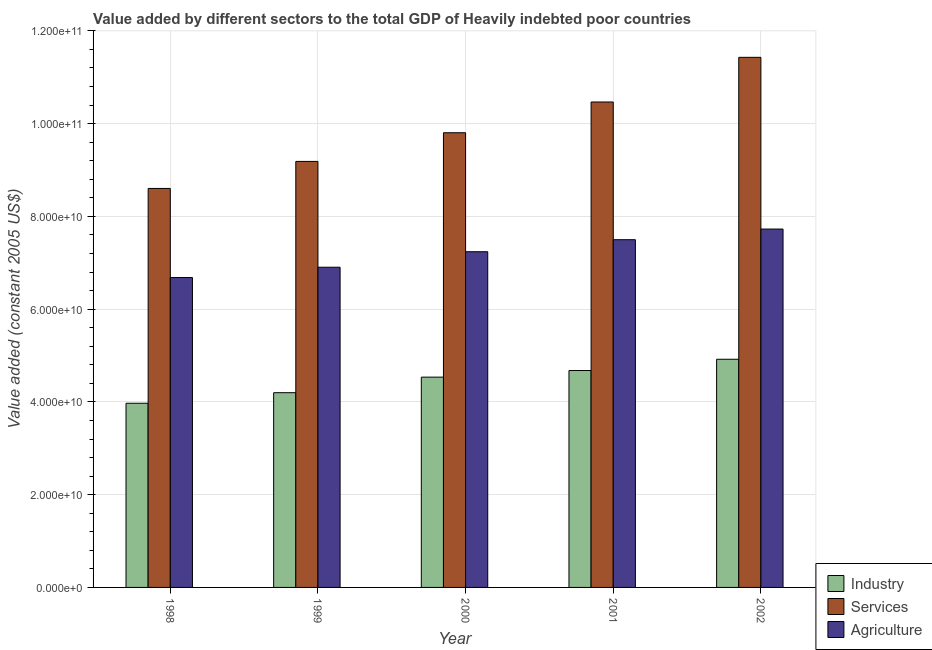
| Year | Industry | Services | Agriculture |
 | --- | --- | --- | --- |
 | 1998 | 3.97e+10 | 8.6e+10 | 6.68e+10 |
 | 1999 | 4.2e+10 | 9.19e+10 | 6.9e+10 |
 | 2000 | 4.53e+10 | 9.8e+10 | 7.24e+10 |
 | 2001 | 4.68e+10 | 1.05e+11 | 7.5e+10 |
 | 2002 | 4.92e+10 | 1.14e+11 | 7.73e+10 |